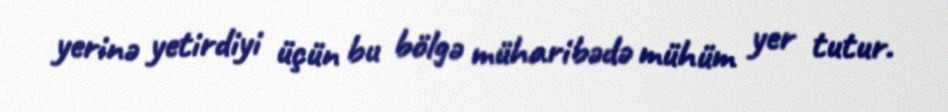
yerinə yetirdiyi üçün bu bölgə müharibədə mühüm yer tutur.